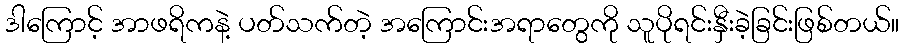
ဒါကြောင့် အာဖရိကနဲ့ ပတ်သက်တဲ့ အကြောင်းအရာတွေကို သူပိုရင်းနှီးခဲ့ခြင်းဖြစ်တယ်။